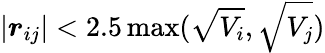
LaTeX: \left|\boldsymbol{r}_{ij}\right|<2.5\operatorname*{max}(\sqrt{V_{i}},\sqrt{V_{j}})